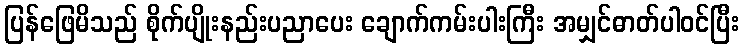
ပြန်ဖြေမိသည် စိုက်ပျိုးနည်းပညာပေး ချောက်ကမ်းပါးကြီး အမျှင်ဓာတ်ပါဝင်ပြီး